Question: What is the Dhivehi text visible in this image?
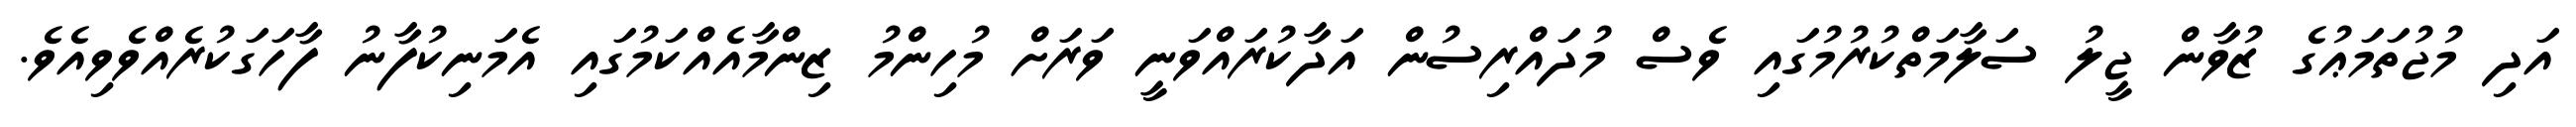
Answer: އަދި މުޖުތަމަޢުގެ ޒުވާން ޖީލު ސަލާމަތްކުރުމުގައި ވެސް މުދައްރިސުން އަދާކުރައްވަނީ ވަރަށް މުހިންމު ޒިންމާއެއްކަމުގައި އެމަނިކުފާނު ފާހަގަކުރެއްވެވިއެވެ.